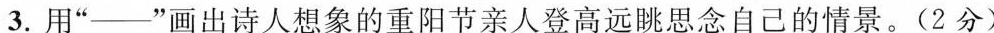
3.用”——”画出诗人想象的重阳节亲人登高远眺思念自己的情景。(2分)